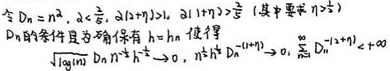
令 \( D_n = n^2 \), \( a < \frac{1}{2} \), \( a(1+\eta)>1 \), \( a(1+\eta)>\frac{1}{2} \)（其中要求 \( \eta > 0 \)）。

\( D_n \)的条件是存在\( h=h_n \)使得

\[
\sqrt{\log\log n} D_n^{-a} h^{-\frac{1}{2}} \to 0, \quad n^{\frac{1}{2}} h^{\frac{1}{2}} D_n^{-(1 - a)} \to 0, \quad \sum_{n = 3}^{\infty} D_n^{-(1 - a)} < +\infty
\]